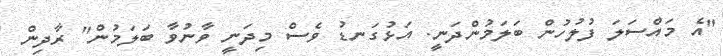
"އެ މައްސަލަ ފުލުހުން ބަލަމުންދަނީ. އަޅުގަނޑު ވެސް މިދަނީ ވާނުވާ ބަލަމުން" ރާދިން